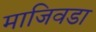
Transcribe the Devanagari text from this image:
माजिवडा